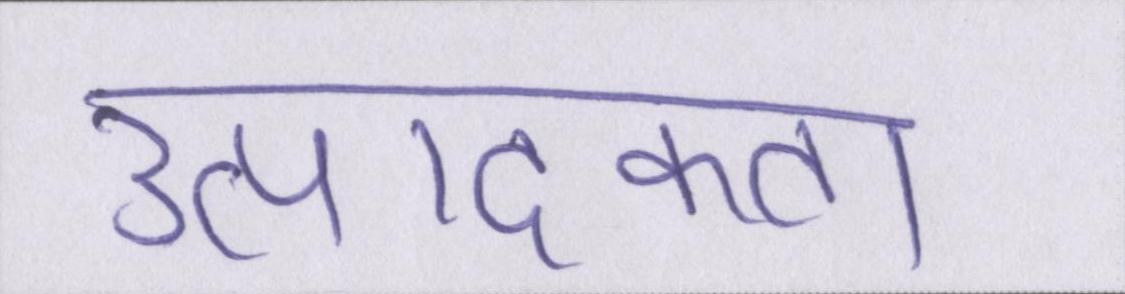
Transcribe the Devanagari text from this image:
उत्पादकता